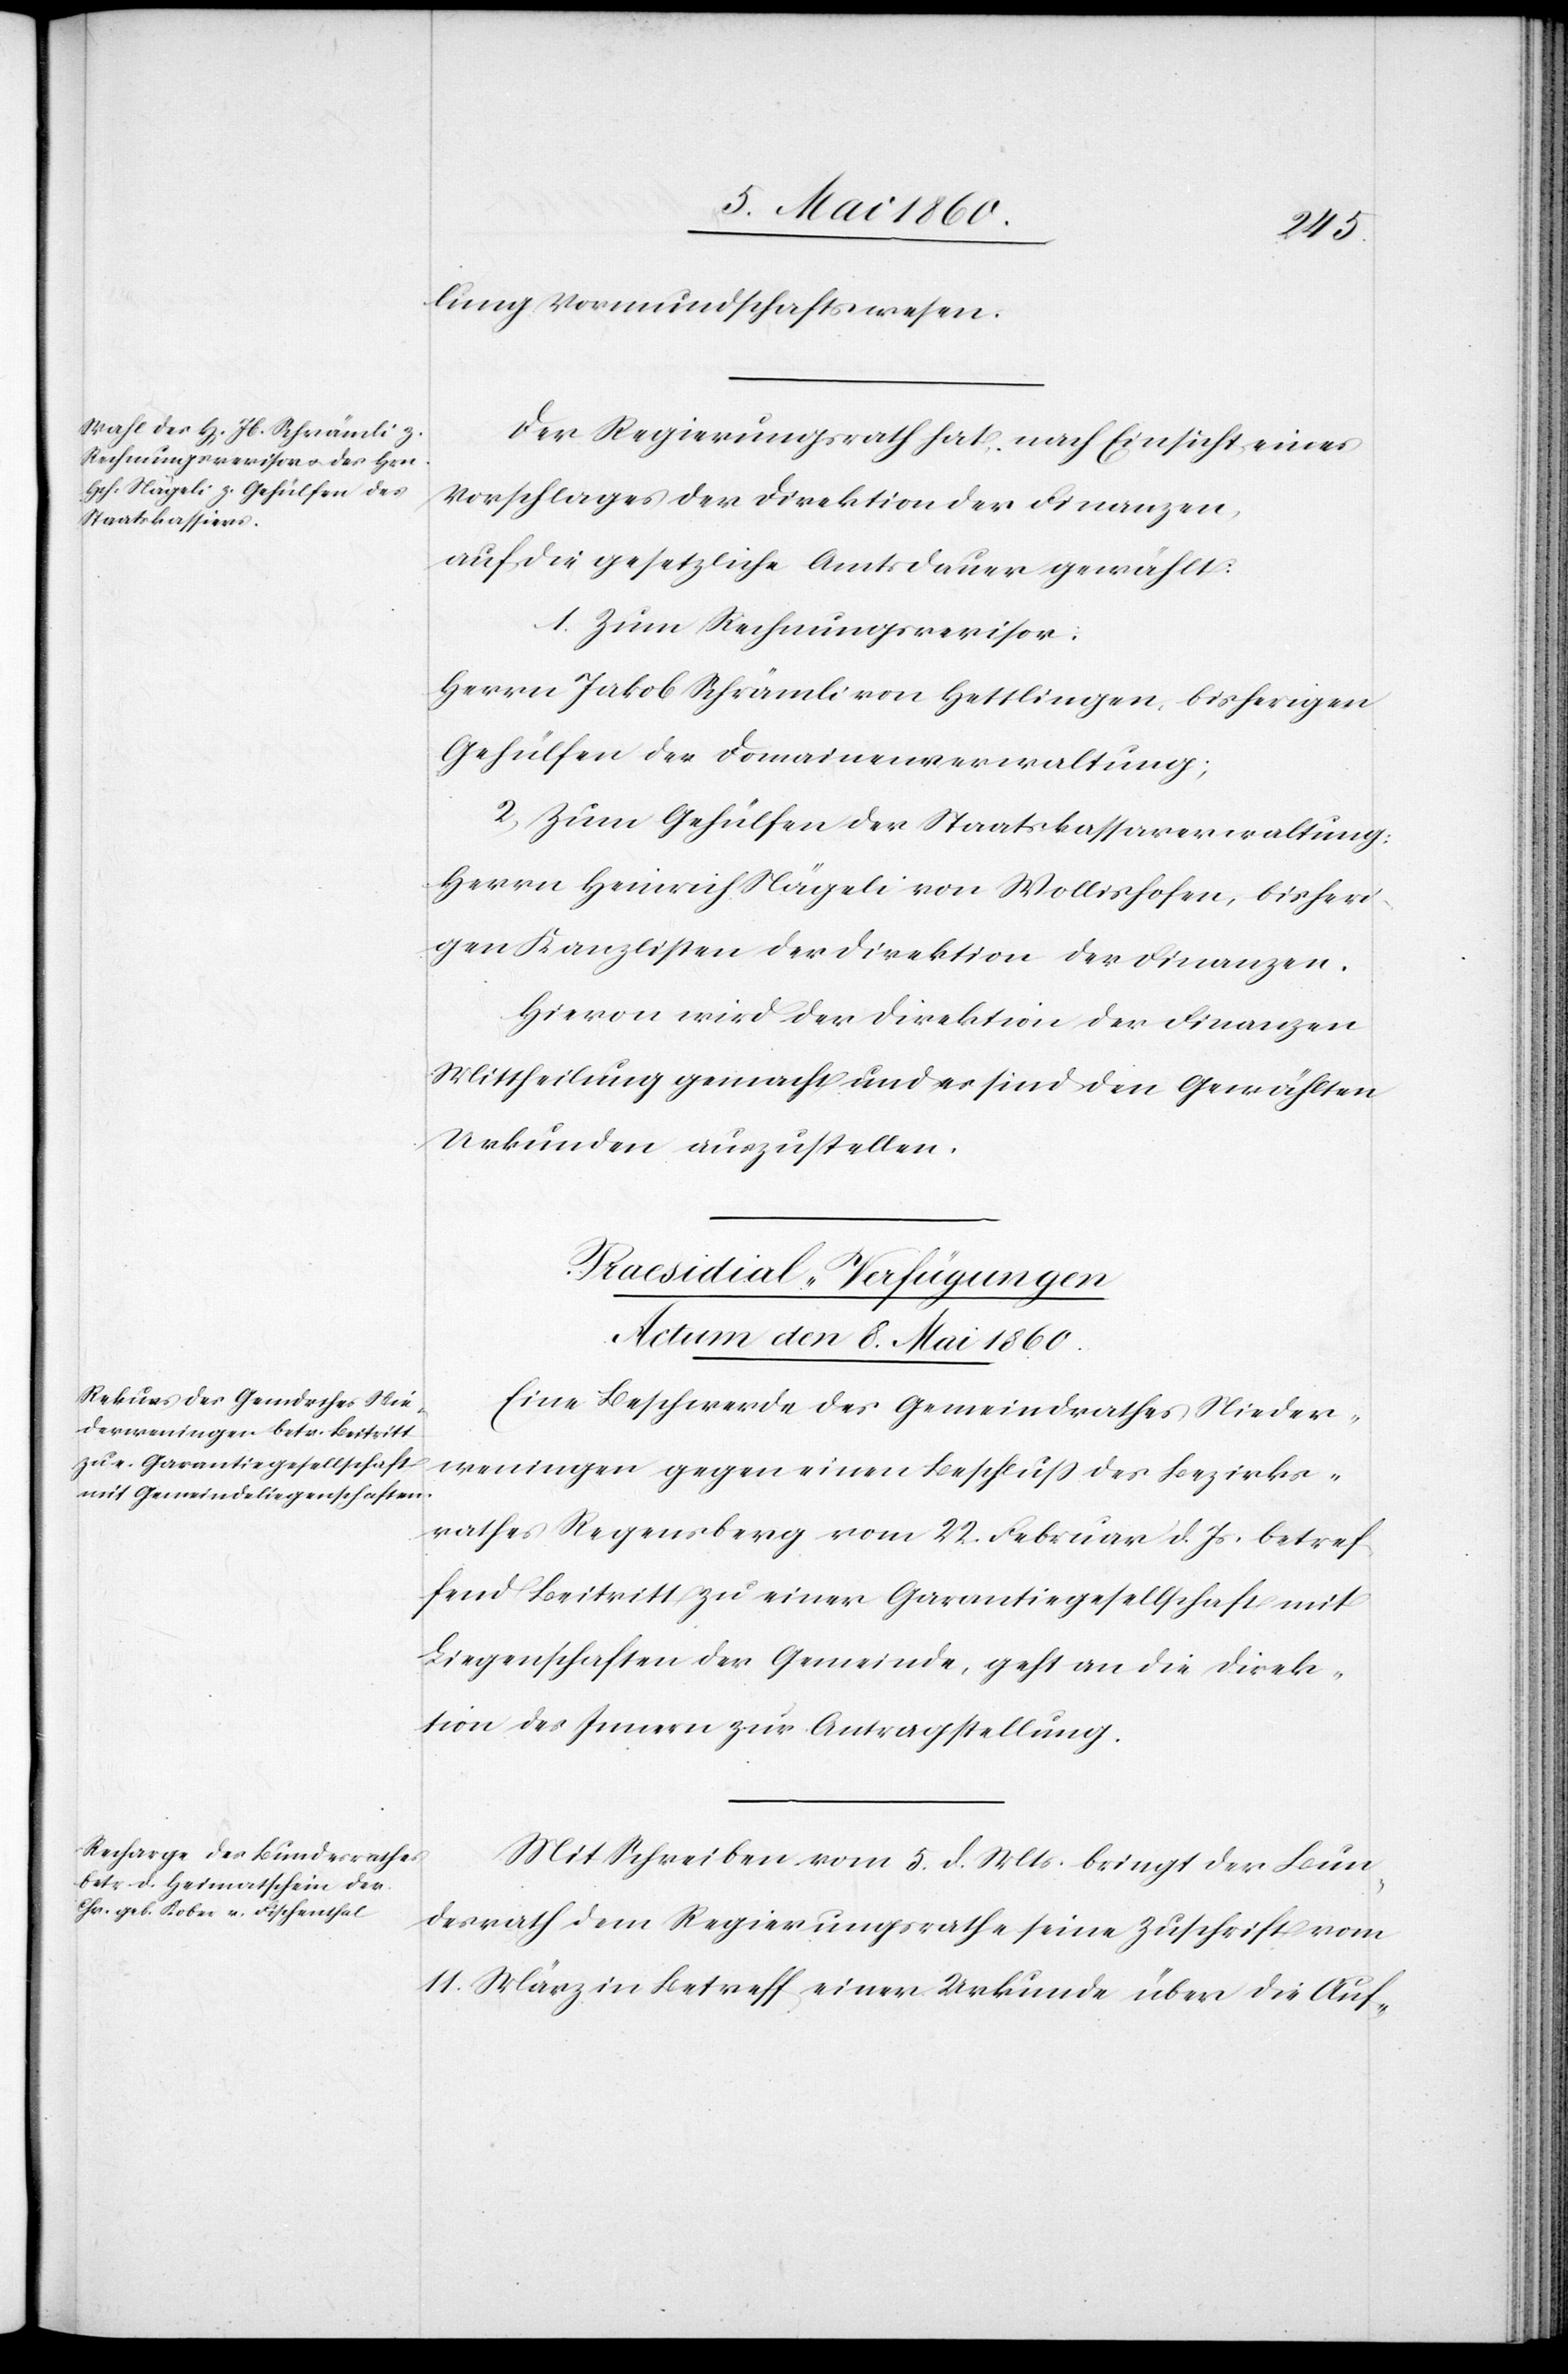
lung Vormundschaftswesen.
Der Regierungsrath hat, nach Einsicht eines
Vorschlages der Direktion der Finanzen,
auf die gesetzliche Amtsdauer gewählt:
1. zum Rechnungsrevisor:
Herrn Jakob Schrämli von Hettlingen, bisherigen
Gehülfen der Domainenverwaltung;
2. Zum Gehülfen der Staatskassaverwaltung:
Herrn Heinrich Nägeli von Wollishofen, bisheri¬
gen Kanzlisten der Direktion der Finanzen.
Hievon wird der Direktion der Finanzen
Mittheilung gemacht und es sind den Gewählten
Urkunden auszustellen.
[Praesidial-Verfügungen
Actum den 8. Mai 1860.]
Eine Beschwerde des Gemeindrathes Nieder¬
weningen gegen einen Beschluss des Bezirks¬
rathes Regensberg vom 22. Februar d. Js. betref¬
fend Beitritt zu einer Garantiegesellschaft mit
Liegenschaften der Gemeinde, geht an die Direk¬
tion des Innern zur Antragstellung.
Mit Schreiben vom 5. d. Mts. bringt der Bun¬
desrath dem Regierungsrathe seine Zuschrift vom
11. März in Betreff einer Urkunde über die Auf-